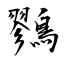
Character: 鷚